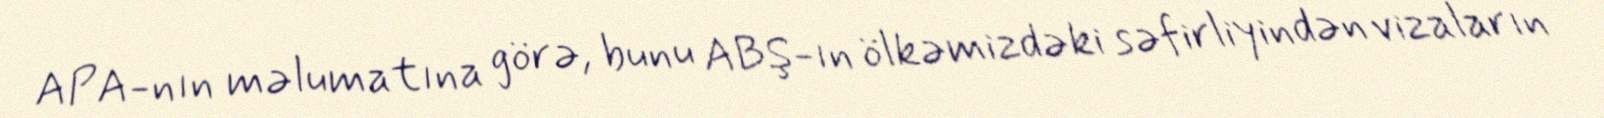
APA-nın məlumatına görə, bunu ABŞ-ın ölkəmizdəki səfirliyindən vizaların